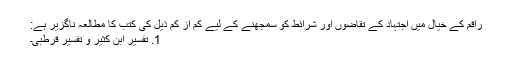
راقم کے خیال میں اجتہاد کے تقاضوں اور شرائط کو سمجھنے کے لیے کم از کم ذیل کی کتب کا مطالعہ ناگزیر ہے:
1. تفسیر ابن کثیر و تفسیر قرطبی۔